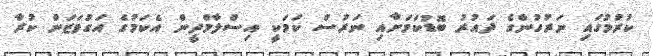
ކުރުމުގައި ނަރުހުންގެ ދައުރު ބޮޑުކަމަށާއި ނަރުސް ކަމަކީ އިސްލާމްދީން އެކަމުގެ އަގުވަޒަން ކުރާ